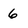
Character: 6